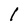
Character: 1